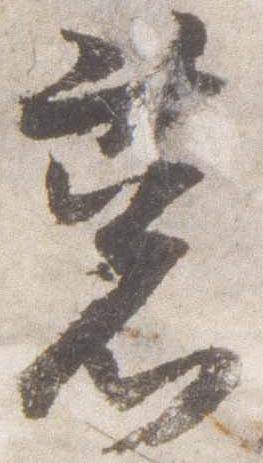
葱